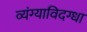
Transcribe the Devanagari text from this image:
व्यंग्याविदग्धा